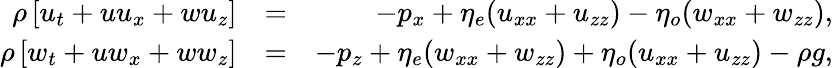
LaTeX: \begin{array}{rlr}{\rho\left[u_{t}+uu_{x}+wu_{z}\right]}&{=}&{-p_{x}+\eta_{e}(u_{xx}+u_{zz})-\eta_{o}(w_{xx}+w_{zz}),}\\ {\rho\left[w_{t}+uw_{x}+ww_{z}\right]}&{=}&{-p_{z}+\eta_{e}(w_{xx}+w_{zz})+\eta_{o}(u_{xx}+u_{zz})-\rho g,}\end{array}